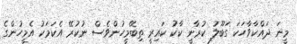
މީނަ ދައްކާވާހަކަ ގަބޫލު ކުރާނީ ކާކު ކައިރީ ތިބޭމީހުންވެސް ނުކުރޭ އެކަމަކު އެމީހުންގެ